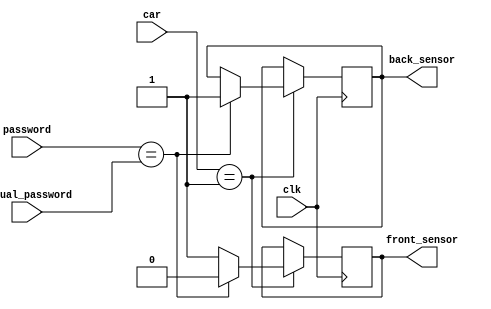
module car_parking(clk,password,actual_password,front_sensor,back_sensor,car);
input clk;
input[7:0] car;
input[7:0] password;
input[7:0] actual_password;
output reg front_sensor;
output reg back_sensor;
integer k=1;
integer p=0;
always @(posedge clk)
begin
if (car==8'b00000001)
begin 
 front_sensor=k;
#3 $display("front_sensor=%d",k);
#3 $display("enter the password");
 if (password==actual_password )
 begin
 back_sensor=k;
 front_sensor=p;
#3 $display("back_sensor=%d",k);
#3 $display("front_sensor=%d",p);
#3 $display("Car is parked");
 end

 else
 begin
#3 $display("Renter the password");
 end
end
else
begin
#3 $display("Car hasn't arrived at the gate");
end
end
endmodule

module car_parking_tb;
reg clk;
reg[7:0] car;
reg[7:0] password;
reg[7:0] actual_password;
wire front_sensor;
wire back_sensor;
car_parking test(clk,password,actual_password,front_sensor,back_sensor,car);
initial
clk=0;
always #30 clk=~clk;
initial
begin
actual_password=8'b00001111;
password=8'b00001111;
car=8'b00000001;
#70 $finish;
end
endmodule